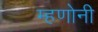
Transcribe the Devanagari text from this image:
म्हणोनी